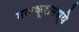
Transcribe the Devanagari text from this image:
मजकूरामध्ये